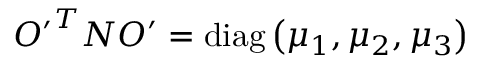
{ O ^ { \prime } } ^ { T } { \cal N } O ^ { \prime } = \mathrm { d i a g } \left( \mu _ { 1 } , \mu _ { 2 } , \mu _ { 3 } \right)